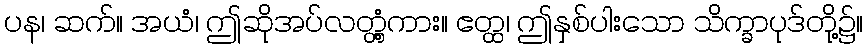
ပန၊ ဆက်။ အယံ၊ ဤဆိုအပ်လတ္တံ့ကား။ ဧတ္ထ၊ ဤနှစ်ပါးသော သိက္ခာပုဒ်တို့၌။